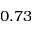
0 . 7 3